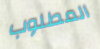
المطلوب